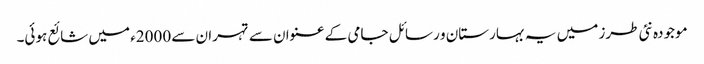
موجودہ نئی طرز میں یہ بہارستان و رسائل جامی کے عنوان سے تہران سے 2000ء میں شائع ہوئی۔